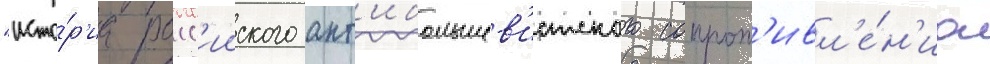
"исто́р'иа росс'ииского ант'ибольшев'истского сопрот'ивл'е́н'иа